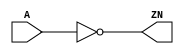
module INV_X16 (A, ZN);
  input A;
  output ZN;

  not(ZN, A);


endmodule